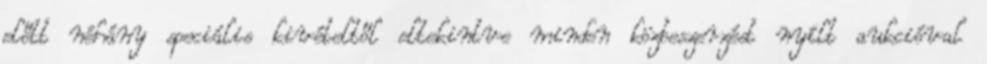
előtt néhány speciális kivételtől eltekintve minden közbeszerzést nyílt aukcióval